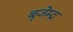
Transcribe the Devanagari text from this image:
बृजेम्द्र